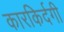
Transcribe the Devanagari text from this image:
कारकिर्दगी